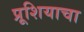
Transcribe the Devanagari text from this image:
प्रूशियाचा